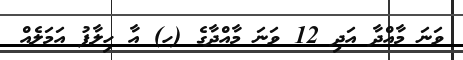
ވަނަ މާއްދާ އަދި 12 ވަނަ މާއްދާގެ (ހ) އާ ހިލާފު އަމަލެއް